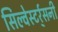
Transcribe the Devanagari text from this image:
सिल्वेस्टर्र्सनी